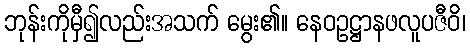
ဘုန်းကိုမှီ၍လည်းအသက် မွေး၏။ နေဝဥဋ္ဌာနဖလူပဇီဝိ၊